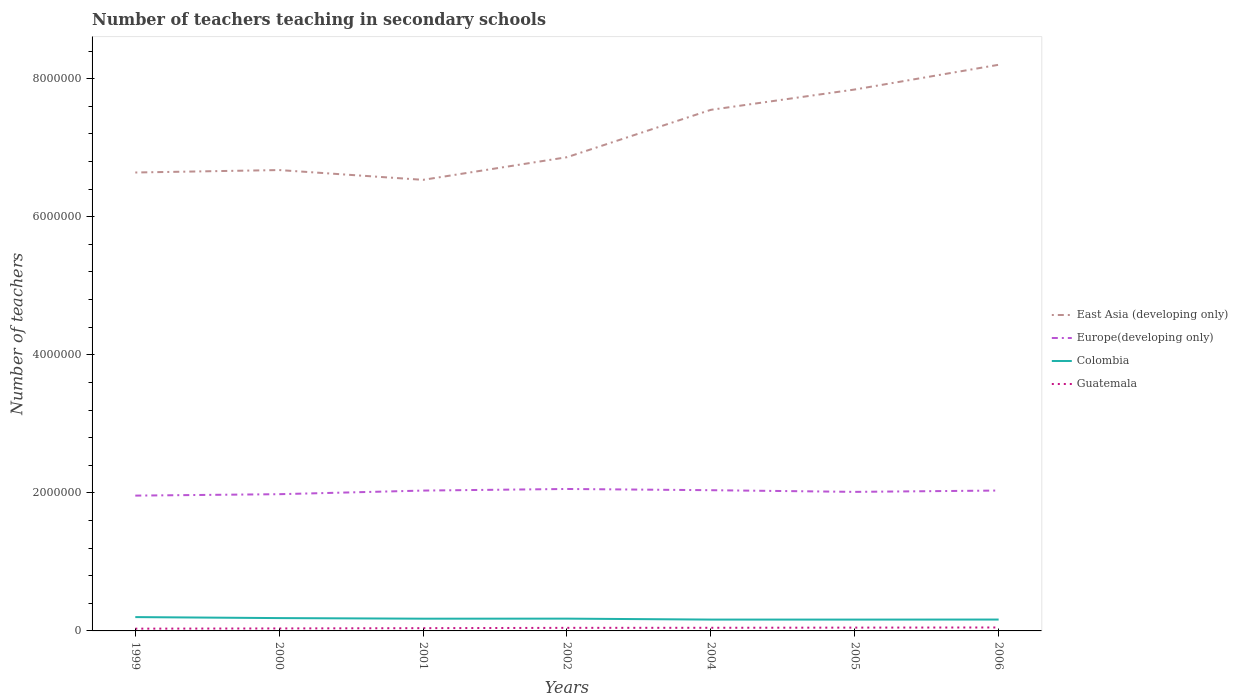
| Years | East Asia (developing only) | Europe(developing only) | Colombia | Guatemala |
 | --- | --- | --- | --- | --- |
 | 1999 | 6.64e+06 | 1.96e+06 | 2e+05 | 3.28e+04 |
 | 2000 | 6.68e+06 | 1.98e+06 | 1.86e+05 | 3.59e+04 |
 | 2001 | 6.53e+06 | 2.03e+06 | 1.77e+05 | 4e+04 |
 | 2002 | 6.86e+06 | 2.06e+06 | 1.78e+05 | 4.44e+04 |
 | 2004 | 7.55e+06 | 2.04e+06 | 1.64e+05 | 4.54e+04 |
 | 2005 | 7.84e+06 | 2.01e+06 | 1.64e+05 | 4.79e+04 |
 | 2006 | 8.2e+06 | 2.03e+06 | 1.65e+05 | 4.99e+04 |